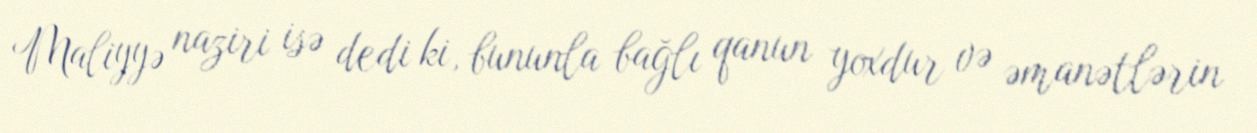
Maliyyə naziri isə dedi ki, bununla bağlı qanun yoxdur və əmanətlərin